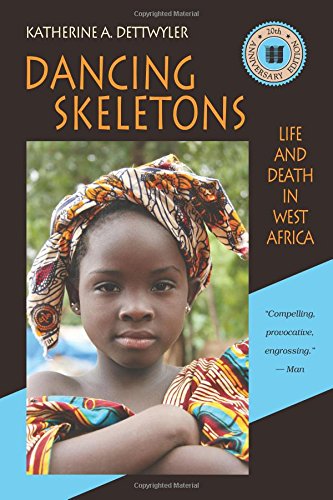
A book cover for Dancing Skeletons: Life and Death in West Africa, 20th Anniversary Edition; Katherine A. Dettwyler; Politics & Social Sciences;